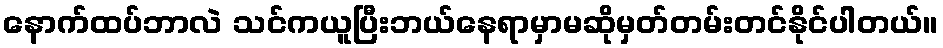
နောက်ထပ်ဘာလဲ သင်ကယူပြီးဘယ်နေရာမှာမဆိုမှတ်တမ်းတင်နိုင်ပါတယ်။